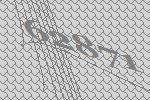
62871